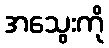
အသွေးကို